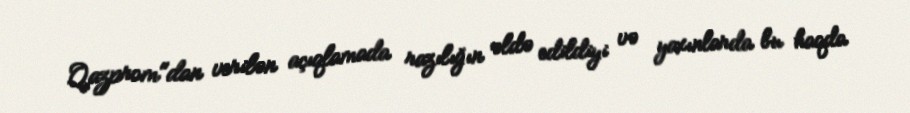
Qazprom"dan verilən açıqlamada razılığın əldə edildiyi və yaxınlarda bu haqda